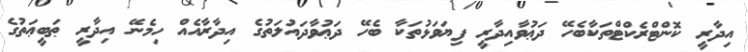
އިދާރީ ކޮންޓްރެކްޓްތަކާބެހޭ ދަޢުވާއިދާރީ ފިޔަވަޅުތަކާ ބެހޭ ދަޢުވާދައުލަތުގެ އިދާރާއެއް ހިމެނޭ އިދާރީ ޠަބީޢަތުގެ